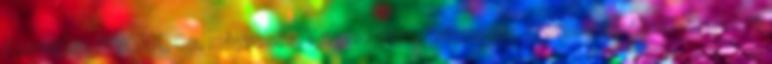
Csavarhúzó, TORX, S2, mágneses, T 25×100mm, mágneses, professzionális Csavarhúzó